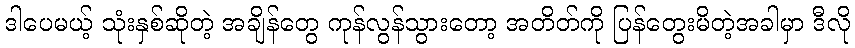
ဒါပေမယ့် သုံးနှစ်ဆိုတဲ့ အချိန်တွေ ကုန်လွန်သွားတော့ အတိတ်ကို ပြန်တွေးမိတဲ့အခါမှာ ဒီလို